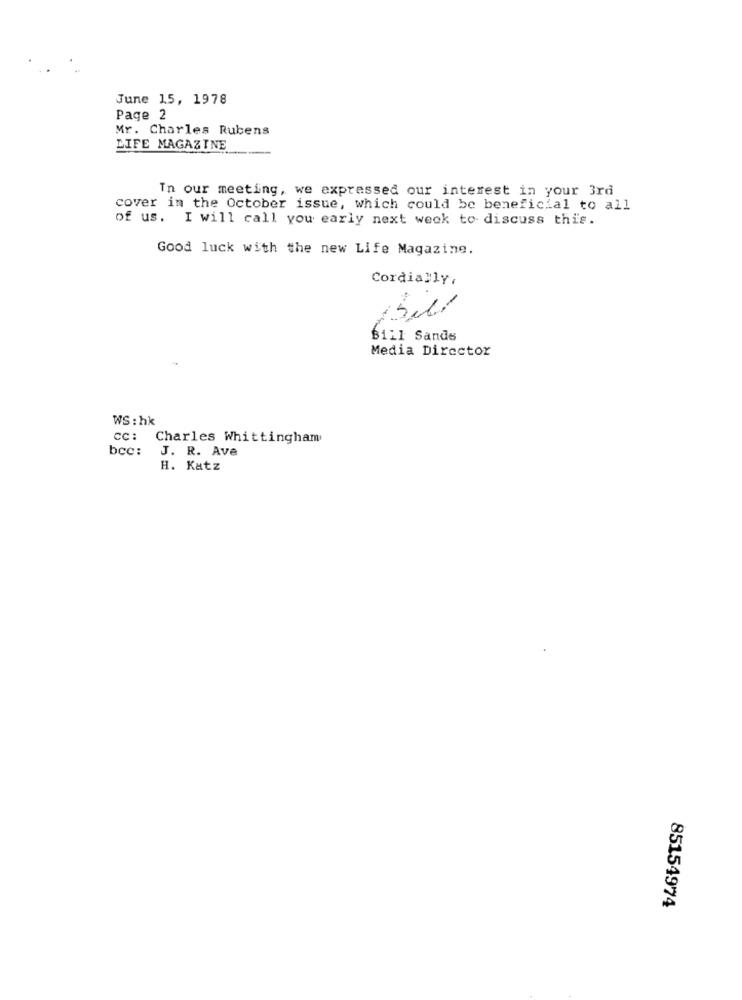
June 15, 1978
Page 2
Mr. Charles Rubens
LIFE MAGAZINE
In our meeting, we expressed our interest in your 3rd
cover in the October issue, which could be beneficial to all
of us. I will call you early next week to discuss this.
Good luck with the new Life Magazine.
Cordially.
Sil
B111 Sands
Media Director
WS : hk
CC:
Charles Whittingham
bcc:
J. R. Ave
H. Katz
85154974